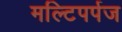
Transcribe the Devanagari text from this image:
मल्टिपर्पज